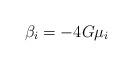
LaTeX: \begin{align*}\beta_i=-4G\mu_i\end{align*}